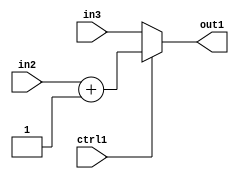
`timescale 1ps / 1ps
/*****************************************************************************
    Verilog RTL Description
    
    
    Created by: Stratus DpOpt 2019.1.01 
*******************************************************************************/

module fix2float_MuxAdd2i1s32s32u1_4_1 (
	in3,
	in2,
	ctrl1,
	out1
	); /* architecture "behavioural" */ 
input [31:0] in3,
	in2;
input  ctrl1;
output [31:0] out1;
wire [31:0] asc001,
	asc003;

assign asc003 = 
	+(in2)
	+(32'B00000000000000000000000000000001);

reg [31:0] asc001_tmp_0;
assign asc001 = asc001_tmp_0;
always @ (ctrl1 or asc003 or in3) begin
	case (ctrl1)
		1'B1 : asc001_tmp_0 = asc003 ;
		default : asc001_tmp_0 = in3 ;
	endcase
end

assign out1 = asc001;
endmodule

/* CADENCE  v7XzSA0= : u9/ySgnWtBlWxVPRXgAZ4Og= ** DO NOT EDIT THIS LINE ******/